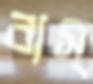
বাস্‌